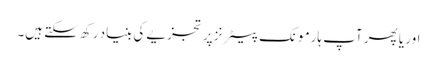
اور یا پھر آپ ہارمونک پیٹرنز پر تجزیے کی بنیاد رکھ سکتے ہیں۔